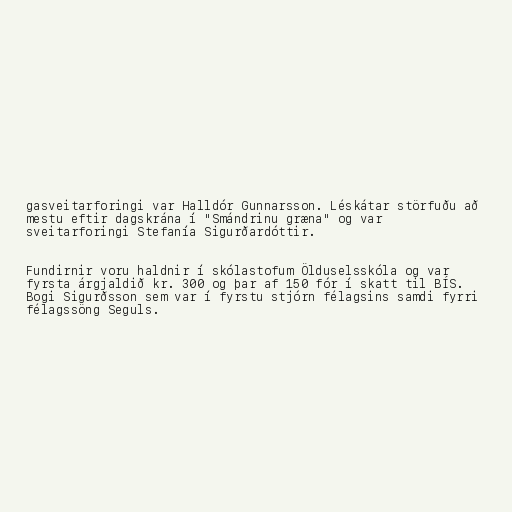
gasveitarforingi var Halldór Gunnarsson. Léskátar störfuðu að
mestu eftir dagskrána í "Smándrinu græna" og var
sveitarforingi Stefanía Sigurðardóttir.

Fundirnir voru haldnir í skólastofum Ölduselsskóla og var
fyrsta árgjaldið kr. 300 og þar af 150 fór í skatt til BÍS.
Bogi Sigurðsson sem var í fyrstu stjórn félagsins samdi fyrri
félagssöng Seguls.